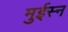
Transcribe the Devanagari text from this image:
मुईस्न